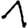
Digit: 1